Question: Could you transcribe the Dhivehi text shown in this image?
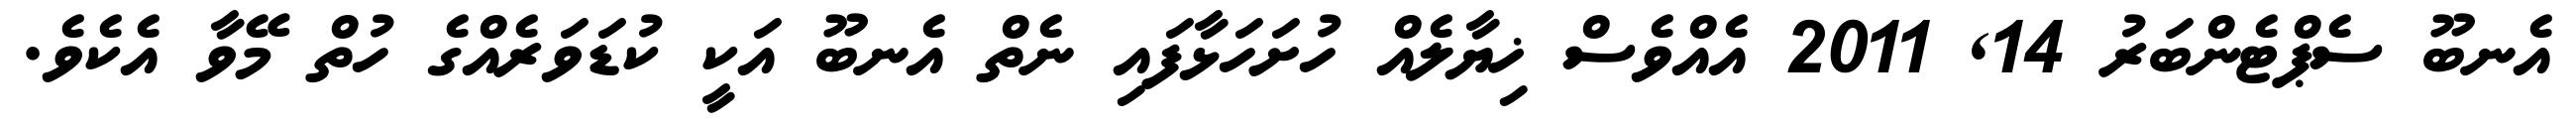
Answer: އެނބޫ ސެޕްޓެންބަރު 14, 2011 އެއްވެސް ޚިޔާލެއް ހުށަހަޅާފައި ނެތް އެނބޫ އަކީ ކުޑަވަރެއްގެ ހުތް މޭވާ އެކެވެ.